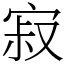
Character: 寂